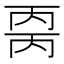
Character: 𰀒